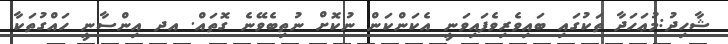
ޝާހިދު:މުޢަހަދާ ތަކުގައި ބައިވެރިވެފައިވަނީ އެކަންކަން ނުކޮށް ނުތިބެވޭނެ ގޮތައް. އދ އިންސާނީ ހައްގުތަކާ